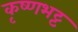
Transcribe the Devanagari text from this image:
कृष्णभट्ट